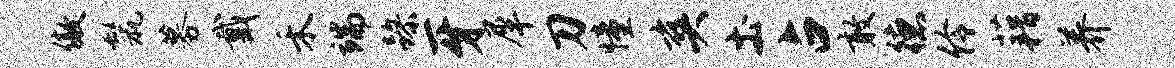
傲鬣募戴禾端躁牙犀刀憧爽土占敢德伶藉养